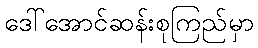
ဒေါ်အောင်ဆန်းစုကြည်မှာ